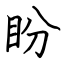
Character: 盼